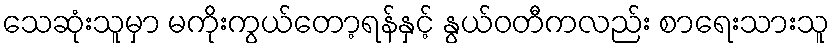
သေဆုံးသူမှာ မကိုးကွယ်တော့ရန်နှင့် နွယ်ဝတီကလည်း စာရေးသားသူ